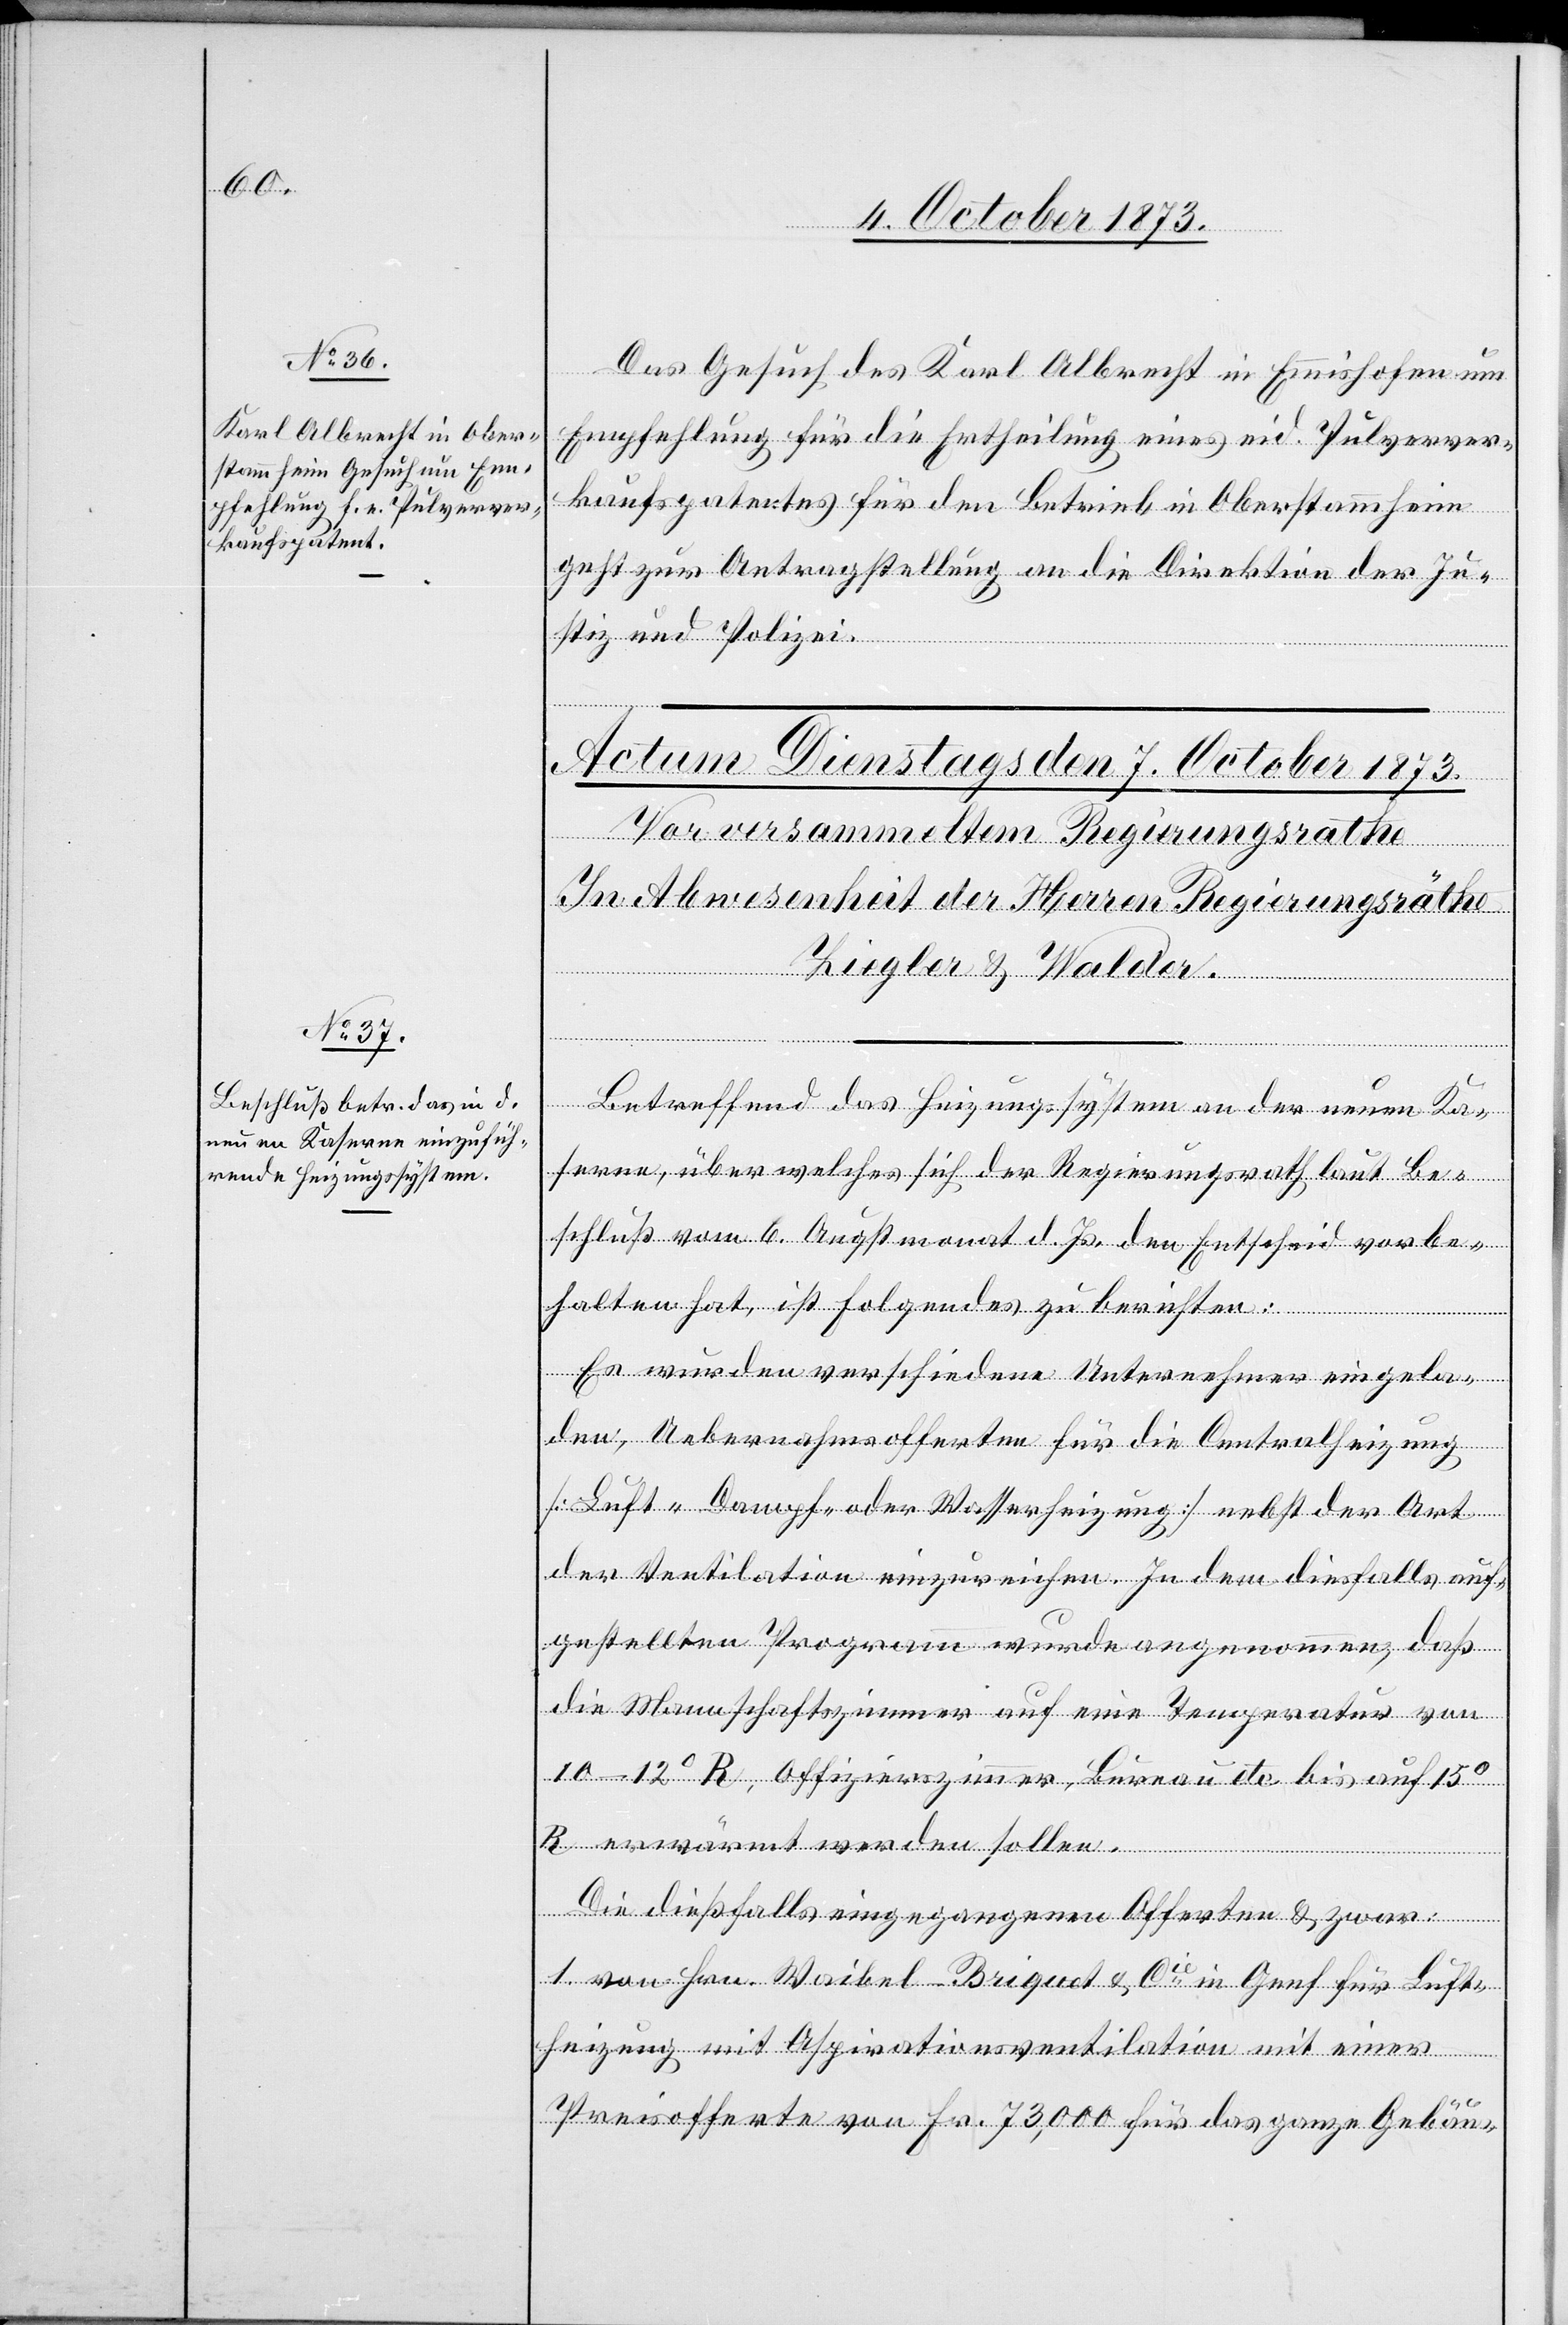
6. October 1873.]
Das Gesuch des Karl Albrecht in Emmishofen um
Empfehlung für die Ertheilung eines eid. Pulverver¬
kaufspatentes für den Betrieb in Oberstammheim
geht zur Antragstellung an die Direktion der Ju¬
stiz und Polizei.
Betreffend das Heizungssystem an der neuen Ka¬
serne, über welches sich der Regierungsrath laut Be¬
schluß vom 6. Augst Monat d. Js. den Entscheid vorbe¬
halten hat, ist Folgendes zu berichten:
Es wurden verschiedene Unternehmer eingela¬
den, Uebernahmsofferten für die Centralheizung
[Luft- Dampf- oder Wasserheizung] nebst der Art
der Ventilation einzureichen. In dem diesfalls auf¬
gestellten Programm wurde angenommen, daß
die Mannschaftszimmer auf eine Temperatur von
10–12°R, Offizierszimmer, Bureau etc. bis auf 15°R
erwärmt werden sollen.
Die diesfalls eingegangenen Offerten & zwar:
1. von Hrn. Waibel-Briquet & Cie in Genf für Luft¬
heizung mit Aspirationsventilation mit einer
Preisofferte von Fr. 73,000 für das ganze Gebäu-